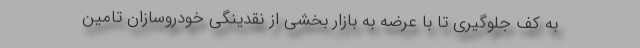
به کف جلوگیری تا با عرضه به بازار بخشی از نقدینگی خودروسازان تامین